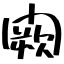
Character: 闕